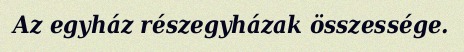
Az egyház részegyházak összessége.